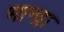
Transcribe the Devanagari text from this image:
भान्द्रा